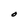
Character: O